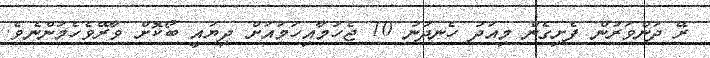
ރޭ ދަންވަރުން ފެށިގެން މިއަދު ހެނދުނު 10 ޖެހުމާއިހަމައަށް ދިޔައީ ބޯކޮށް ވާރޭވެެހެމުންނެވެ.